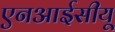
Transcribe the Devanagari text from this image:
एनआईसीयू